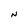
Character: N